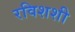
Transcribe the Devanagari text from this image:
रविशशी